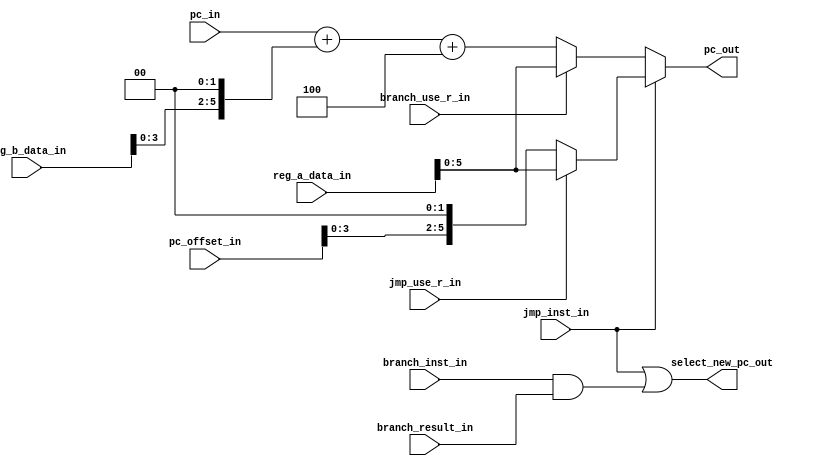
module branch_control
#(
   parameter DATA_WIDTH = 32,
   parameter PC_WIDTH = 6,
   parameter PC_OFFSET_WIDTH = 25
)
(
   input jmp_inst_in,
   input jmp_use_r_in,
   input branch_use_r_in,
   input branch_inst_in,
   input branch_result_in,
   input [PC_WIDTH-1:0] pc_in,
   input [DATA_WIDTH-1:0] reg_a_data_in,
   input [DATA_WIDTH-1:0] reg_b_data_in,
   input [PC_OFFSET_WIDTH-1:0] pc_offset_in,
   output select_new_pc_out,
   output [PC_WIDTH-1:0] pc_out
);
   wire [DATA_WIDTH-1:0] jmp_val;
   wire [DATA_WIDTH-1:0] branch_val;
   wire [PC_WIDTH-1:0] pc_jump;
   assign pc_jump = {pc_offset_in,{2{1'b0}}};
   assign select_new_pc_out = jmp_inst_in | (branch_inst_in & branch_result_in);
   assign branch_val = branch_use_r_in? reg_a_data_in : pc_in + ({reg_b_data_in,{2{1'b0}}}) + 4;
   assign jmp_val = jmp_use_r_in ? reg_a_data_in : pc_jump;
   assign pc_out = jmp_inst_in ? jmp_val : branch_val;
endmodule